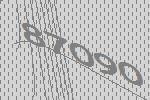
87090